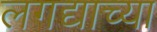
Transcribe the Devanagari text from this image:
लगद्याच्या